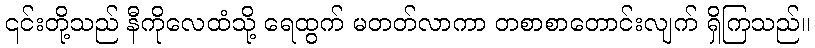
၎င်းတို့သည် နီကိုလေထံသို့ ရေထွက် မတတ်လာကာ တစာစာတောင်းလျက် ရှိကြသည်။